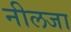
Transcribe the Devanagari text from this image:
नीलजा